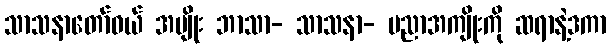
သာသနာတော်ဝယ် အမျိုး ဘာသာ- သာသနာ- ပညာအကျိုးကို ဆရာနဲ့ဒကာ